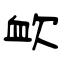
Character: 欰